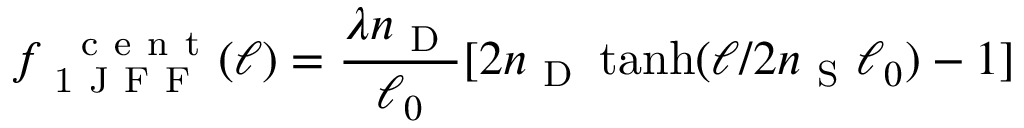
f _ { \mathrm { ~ 1 ~ J ~ F ~ F ~ } } ^ { \mathrm { ~ \, ~ c ~ e ~ n ~ t ~ } } ( \ell ) = \frac { \lambda n _ { \mathrm { ~ D ~ } } } { \ell _ { 0 } } [ 2 n _ { \mathrm { ~ D ~ } } \operatorname { t a n h } ( \ell / 2 n _ { \mathrm { ~ S ~ } } \ell _ { 0 } ) - 1 ]